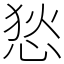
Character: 悐